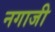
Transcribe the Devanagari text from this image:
नगाजी